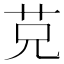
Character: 𦬺